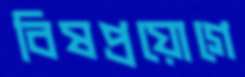
বিষপ্রয়োগে